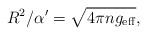
LaTeX: \begin{align*}R^2/\alpha' = \sqrt{4\pi n g_{\rm eff}}, \end{align*}